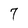
Character: 7